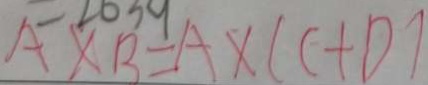
A \times B = A \times ( C + D )